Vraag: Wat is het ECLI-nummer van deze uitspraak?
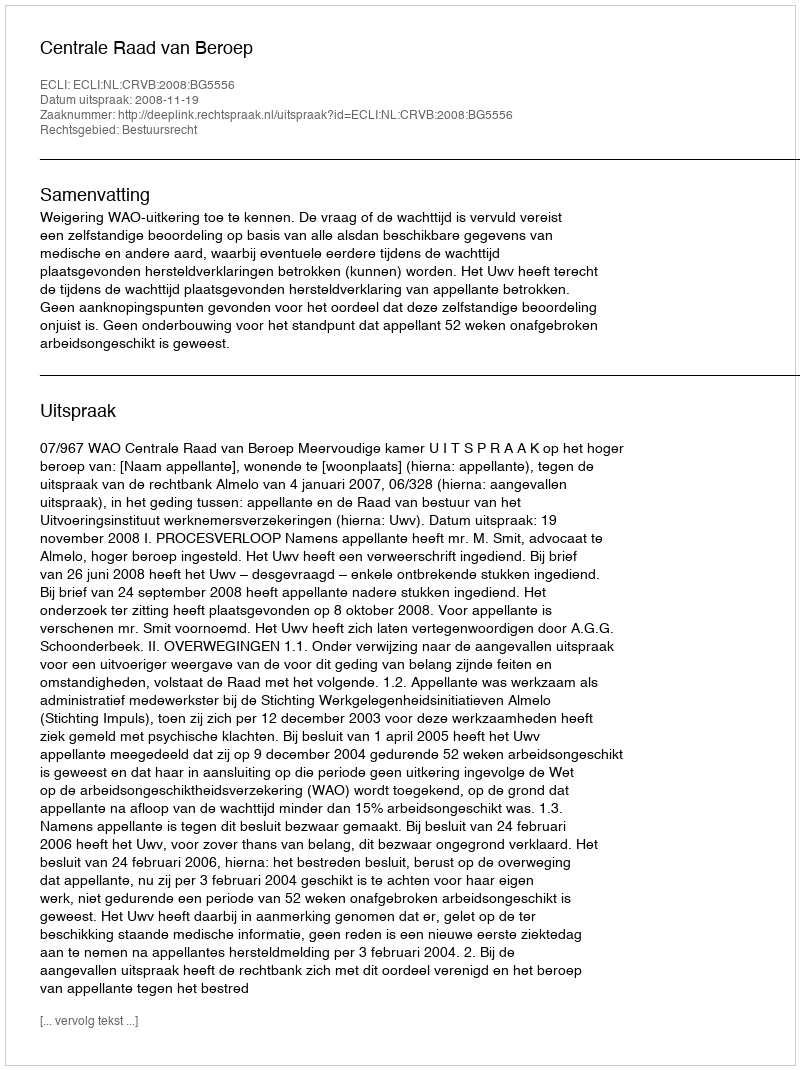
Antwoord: ECLI:NL:CRVB:2008:BG5556